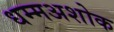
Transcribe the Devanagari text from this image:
धम्मअशोक